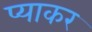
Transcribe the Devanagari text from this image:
प्याकर